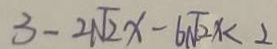
3 - 2 \sqrt { 2 } x - 6 \sqrt { 2 } x < 2